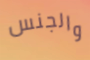
والجنس